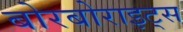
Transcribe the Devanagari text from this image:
बोरबोराइट्स